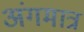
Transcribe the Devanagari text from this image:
अंगमात्र